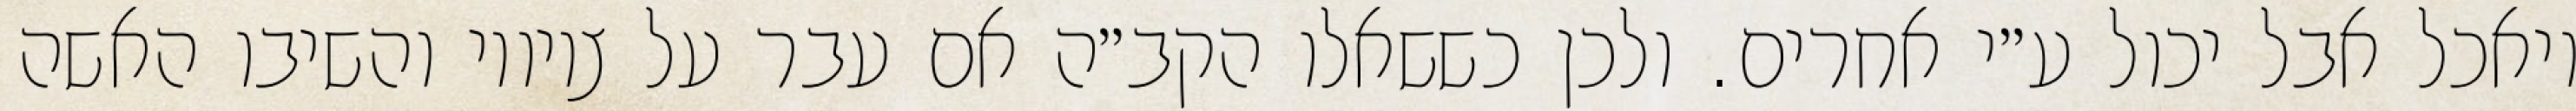
ויאכל אבל יכול ע״י אחרים. ולכן כששאלו הקב״ה אם עבר על ציוויו והשיבו האשה